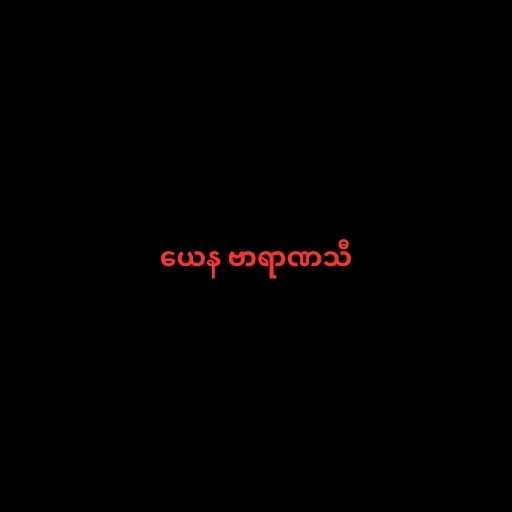
ယေန ဗာရာဏသီ